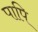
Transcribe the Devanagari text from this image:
पापि